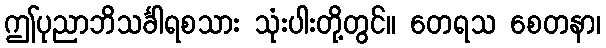
ဤပုညာဘိသင်္ခါရစသား သုံးပါးတို့တွင်။ တေရသ စေတနာ၊